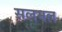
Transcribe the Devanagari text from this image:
सलमल